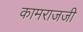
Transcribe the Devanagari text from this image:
कामराजजी